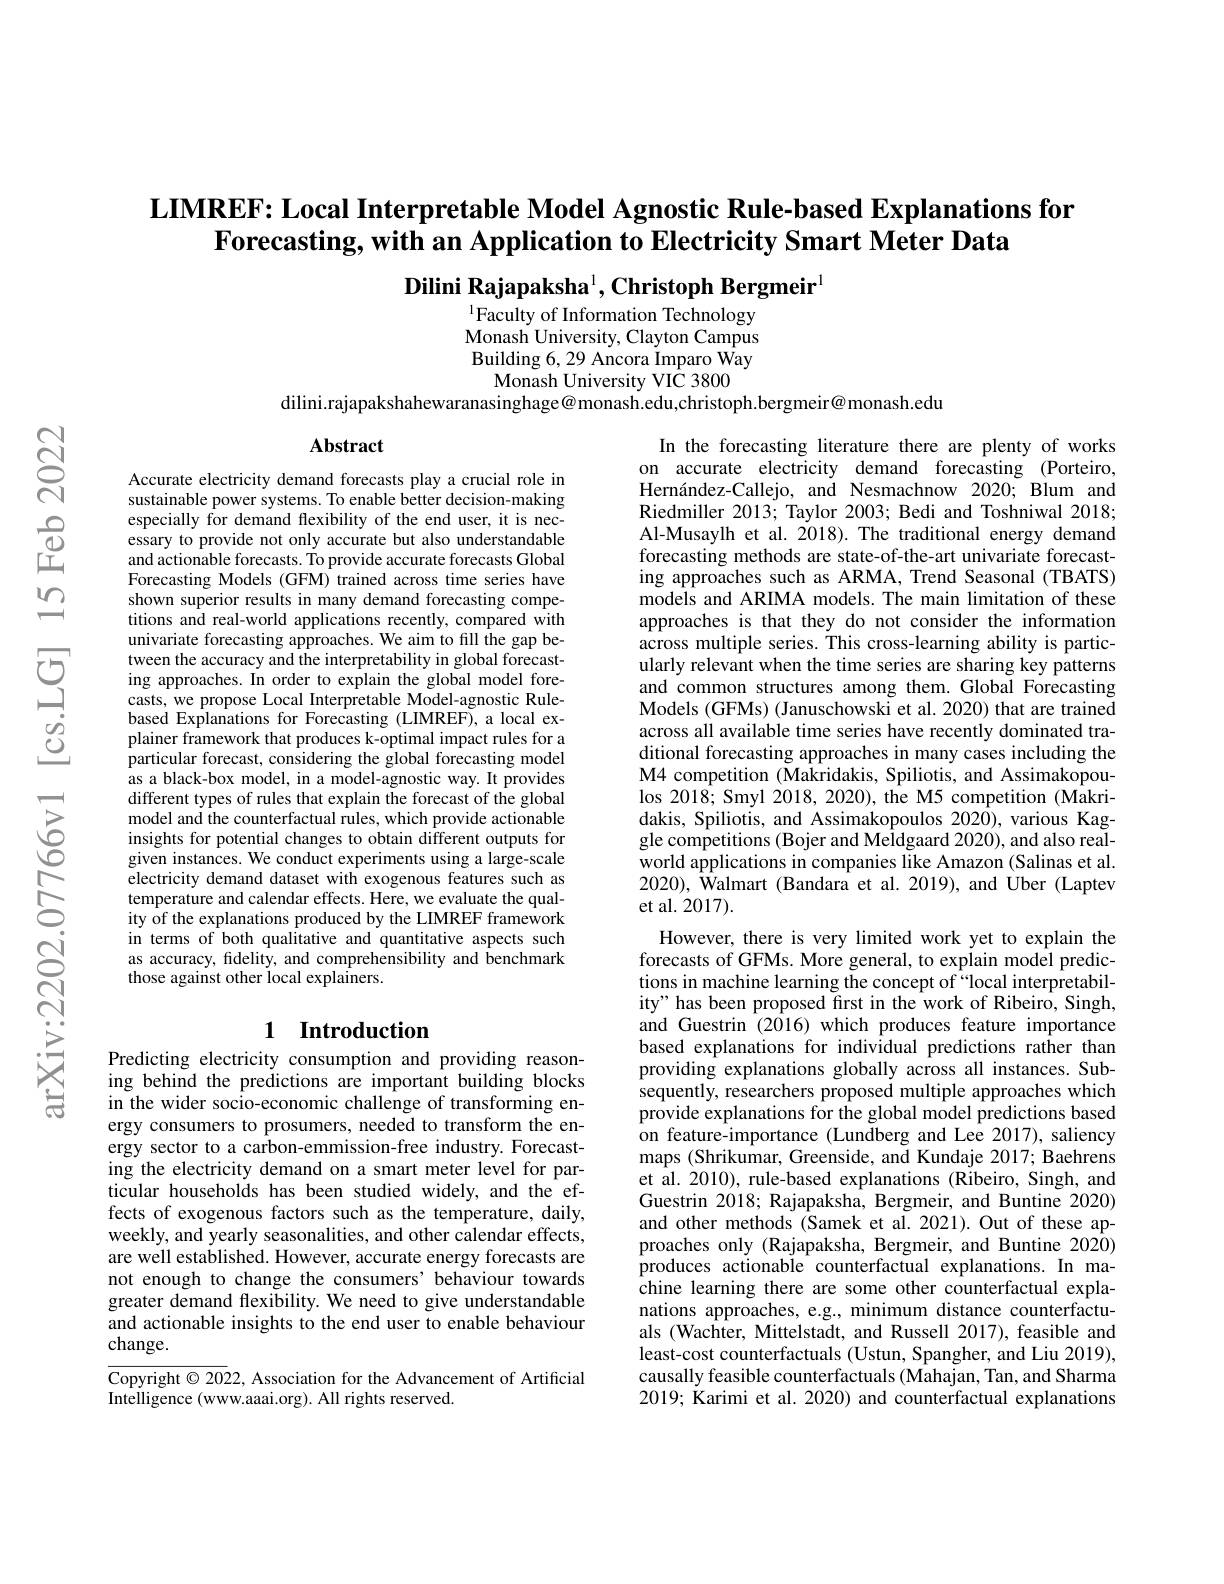
LIMREF: Local Interpretable Model Agnostic Rule-based Explanations for
$\textbf{Forecasting, with an Application to Electricity Smart Meter Data}$

Dilini Rajapaksha$^{1}$,Christoph Bergmeir$^{1}$
$^{1}$Faculty of Information Technology

Monash University, Clayton Campus Building 6, 29 Ancora Imparo Way
Monash University VIC 3800
dilini.rajapakshahewaranasinghage@monash.edu,christoph.bergmeir@monash.edu

$\mathbf{Abstract}$

Accurate electricity demand forecasts play a crucial role in sustainable power systems. To enable better decision-making especially for demand flexibility of the end user, it is necessary to provide not only accurate but also understandable and actionable forecasts. To provide accurate forecasts Global Forecasting Models (GFM) trained across time series have shown superior results in many demand forecasting competitions and real-world applications recently, compared with univariate forecasting approaches. We aim to fill the gap between the accuracy and the interpretability in global forecasting approaches. In order to explain the global model forecasts, we propose Local Interpretable Model-agnostic Rulebased Explanations for Forecasting (LIMREF), a local explainer framework that produces k-optimal impact rules for a particular forecast, considering the global forecasting model as a black-box model, in a model-agnostic way. It provides different types of rules that explain the forecast of the global model and the counterfactual rules, which provide actionable insights for potential changes to obtain different outputs for given instances. We conduct experiments using a large-scale electricity demand dataset with exogenous features such as temperature and calendar effects. Here, we evaluate the quality of the explanations produced by the LIMREF framework in terms of both qualitative and quantitative aspects such as accuracy, fidelity, and comprehensibility and benchmark those against other local explainers.

In the forecasting literature there are plenty of works on accurate electricity demand forecasting (Porteiro, Hernández-Callejo, and Nesmachnow 2020; Blum and Riedmiller 2013; Taylor 2003; Bedi and Toshniwal 2018; Al-Musaylh et al.2018). The traditional energy demand forecasting methods are state-of-the-art univariate forecasting approaches such as ARMA, Trend Seasonal (TBATS) models and ARIMA models. The main limitation of these approaches is that they do not consider the information across multiple series. This cross-learning ability is particularly relevant when the time series are sharing key patterns and common structures among them.Global Forecasting Models (GFMs) (Januschowski et al. 2020) that are trained across all available time series have recently dominated traditional forecasting approaches in many cases including the M4 competition (Makridakis, Spiliotis, and Assimakopou- $\log2018;$ Smyl 2018, 2020), the M5 competition (Makridakis, Spiliotis, and Assimakopoulos 2020), various Kaggle competitions (Bojer and Meldgaard 2020), and also realworld applications in companies like Amazon (Salinas et al. 2020), Walmart (Bandara et al. 2019), and Uber (Laptev et al. 2017).
However, there is very limited work yet to explain the forecasts of GFMs. More general, to explain model predictions in machine learning the concept of “local interpretability" has been proposed first in the work of Ribeiro, Singh, and Guestrin (2016) which produces feature importance based explanations for individual predictions rather than providing explanations globally across all instances. Subsequently, researchers proposed multiple approaches which provide explanations for the global model predictions based $\hat{\text{on feature-importance (Lundberg and Lee 2017), saliency}}$ maps (Shrikumar, Greenside, and Kundaje 2017; Baehrens et al. 2010), rule-based explanations (Ribeiro, Singh, and Guestrin 2018; Rajapaksha, Bergmeir, and Buntine 2020) and other methods (Samek et al.2021).Out of these approaches only (Rajapaksha, Bergmeir, and Buntine 2020) produces actionable counterfactual explanations. In machine learning there are some other counterfactual explanations approaches, e.g., minimum distance counterfactuals (Wachter, Mittelstadt, and Russell 2017), feasible and least-cost counterfactuals (Ustun, Spangher, and Liu 2019) causally feasible counterfactuals (Mahajan, Tan, and Sharma 2019; Karimi et al. 2020) and counterfactual explanations

## 1 Introduction

Predicting electricity consumption and providing reasoning behind the predictions are important building blocks in the wider socio-economic challenge of transforming energy consumers to prosumers, needed to transform the energy sector to a carbon-emmission-free industry. Forecasting the electricity demand on a smart meter level for particular households has been studied widely, and the effects of exogenous factors such as the temperature, daily, weekly, and yearly seasonalities, and other calendar effects, are well established. However, accurate energy forecasts are not enough to change the consumers'behaviour towards greater demand flexibility. We need to give understandable and actionable insights to the end user to enable behaviour change.

$\overline{{\mathrm{Copyright~©~2022,~Association~for~the~Advancement~of~Artificial}}}$
Intelligence (www.aaai.org). All rights reserved.